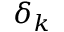
\delta _ { k }